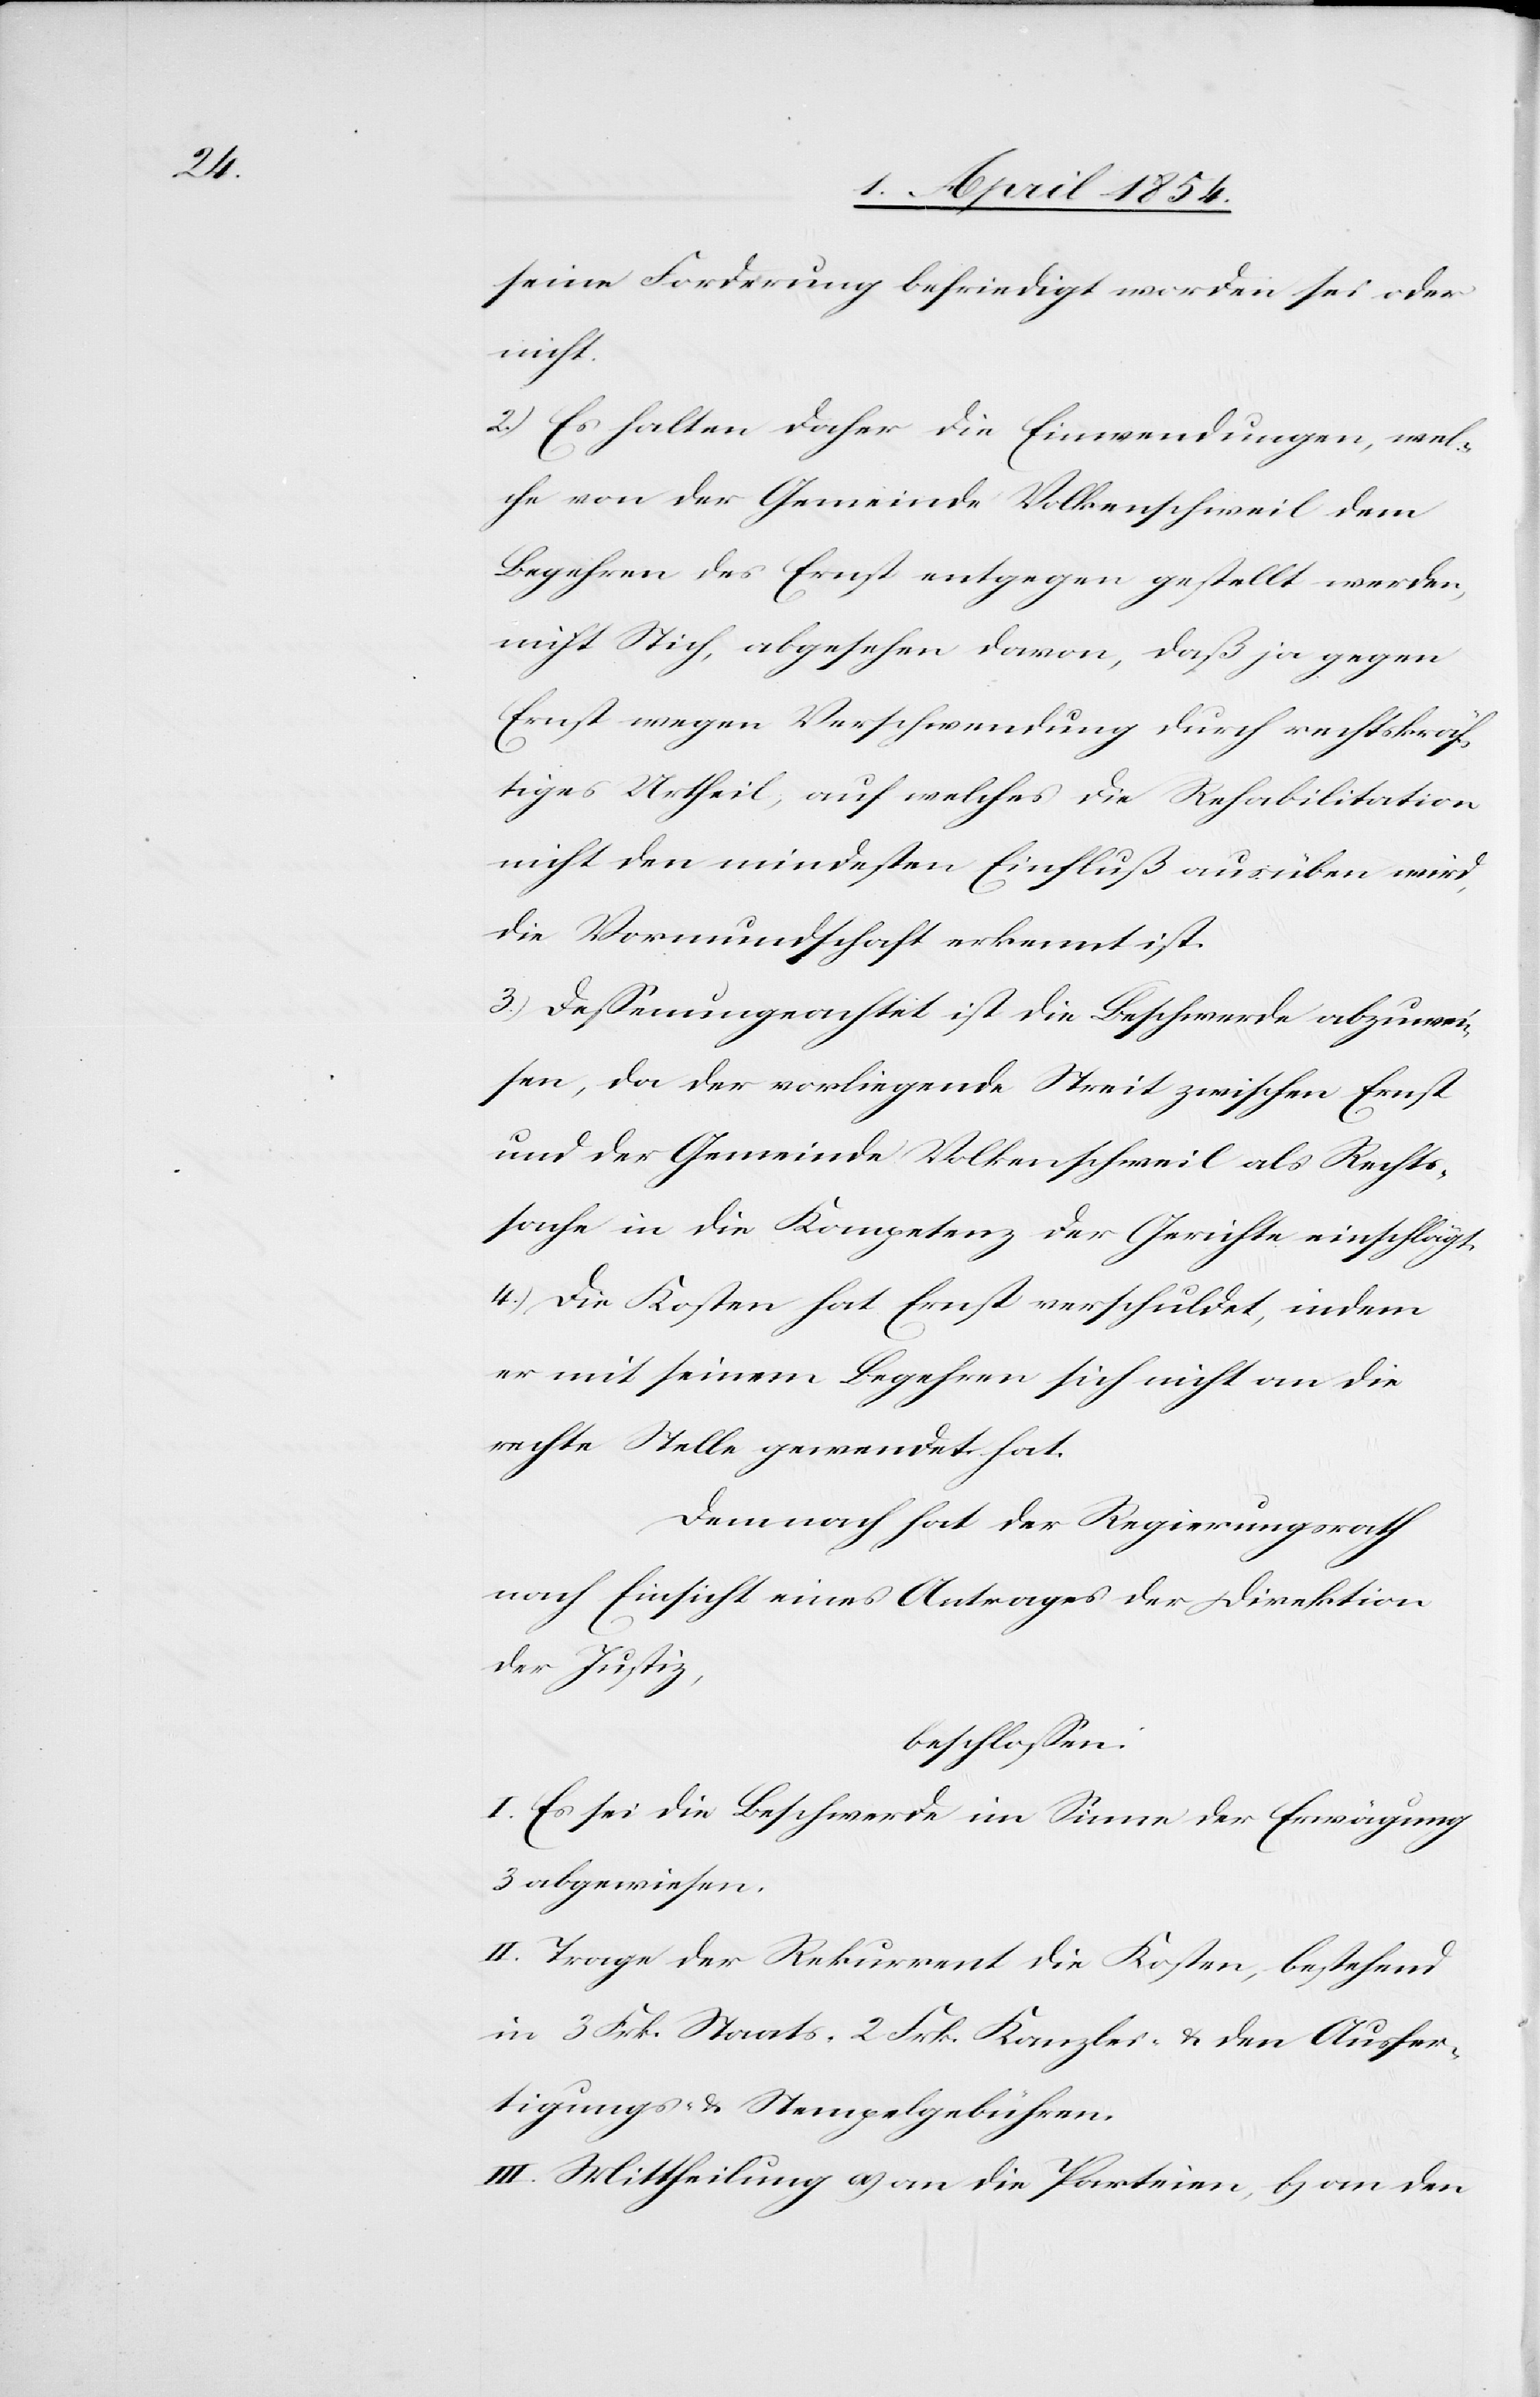
seine Forderung befriedigt worden sei oder
nicht.
2.) Es halten daher die Einwendungen, wel¬
che von der Gemeinde Volkenschweil dem
Begehren des Ernst entgegen gestellt werden,
nicht Stich, abgesehen davon, daß ja gegen
Ernst wegen Verschwendung durch rechtskräf¬
tiges Urtheil, auf welches die Rehabilitation
nicht den mindesten Einfluß ausüben wird,
die Vormundschaft erkennt ist.
3.) Deßenungeachtet ist die Beschwerde abzuwei¬
sen, da der vorliegende Streit zwischen Ernst
und der Gemeinde Volkenschweil als Rechts¬
sache in die Kompetenz der Gerichte einschlägt.
4.) Die Kosten hat Ernst verschuldet, indem
er mit seinem Begehren sich nicht an die
rechte Stelle gewendet hat.
Demnach hat der Regierungsrath
nach Einsicht eines Antrages der Direktion
der Justiz,
beschloßen:
I. Es sei die Beschwerde im Sinne der Erwägung
3 abgewiesen.
II. Trage der Rekurrent die Kosten, bestehend
in 3 Frk. Staats-[,] 2 Frk. Kanzlei- & den Ausfer¬
tigungs- & Stempelgebühren.
III. Mittheilung a) an die Parteien, b) an den